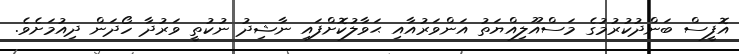
އޮފީސް ބަންދުކުރުމުގެ މަސްއޫލިއްޔަތު އަންވަރުއާއި ޙަވާލުކޮށްފައި ނާޝިދު ނުކުތީ ވަރުދާ ހޯދަން ދިއުމަށެވެ.